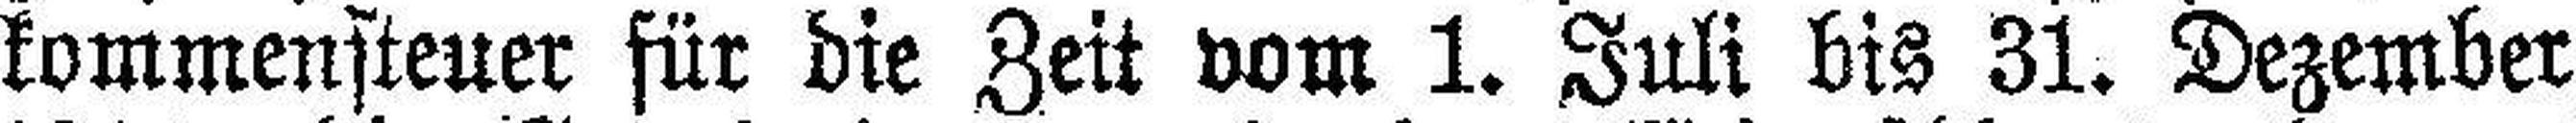
kommensteuer für die Zeit vom 1. Juli bis 31. Dezember